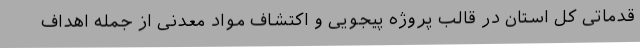
قدماتی کل استان در قالب پروژه پیجویی و اکتشاف مواد معدنی از جمله اهداف